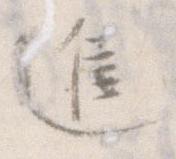
進